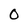
Character: 0